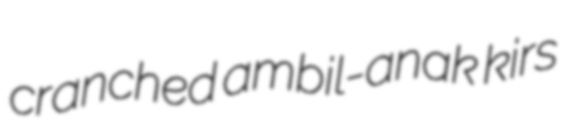
cranched ambil-anak kirs